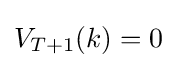
V_{T+1}(k)=0